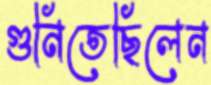
গুনিতেছিলেন